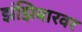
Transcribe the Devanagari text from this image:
झंझिबारवर